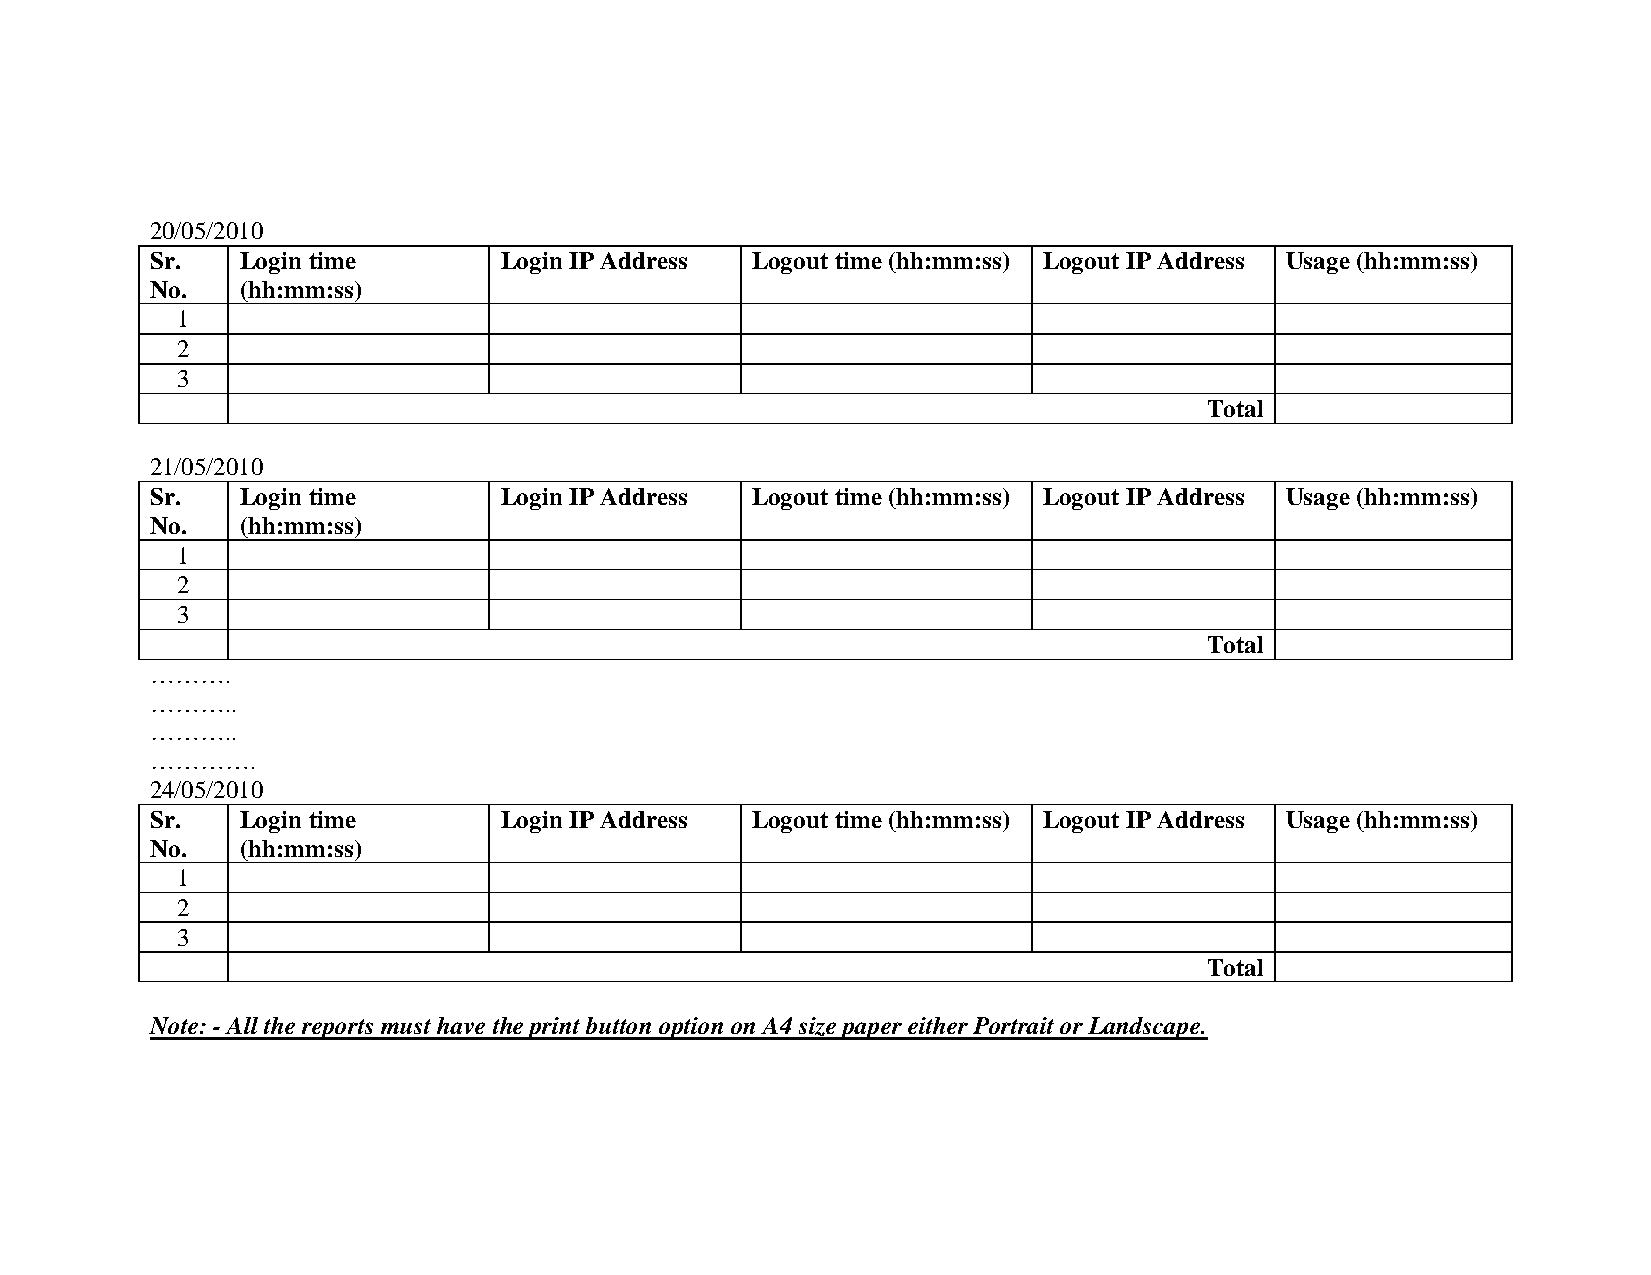
20/05/2010
 Sr.   Login time       Login IP Address Logout time (hh:mm:ss) Logout IP Address Usage (hh:mm:ss)
 No.   (hh:mm:ss)
 1
 2
 3
 Total
 21/05/2010
 Sr.   Login time       Login IP Address Logout time (hh:mm:ss) Logout IP Address Usage (hh:mm:ss)
 No.   (hh:mm:ss)
 1
 2
 3
 Total
 ……….
 ………..
 ………..
 ………….
 24/05/2010
 Sr.   Login time       Login IP Address Logout time (hh:mm:ss) Logout IP Address Usage (hh:mm:ss)
 No.   (hh:mm:ss)
 1
 2
 3
 Total
 Note: - All the reports must have the print button option on A4 size paper either Portrait or Landscape.